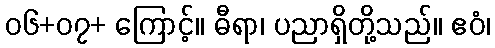
၀၆+၀၇+ ကြောင့်။ ဓီရာ၊ ပညာရှိတို့သည်။ ဧဝံ၊